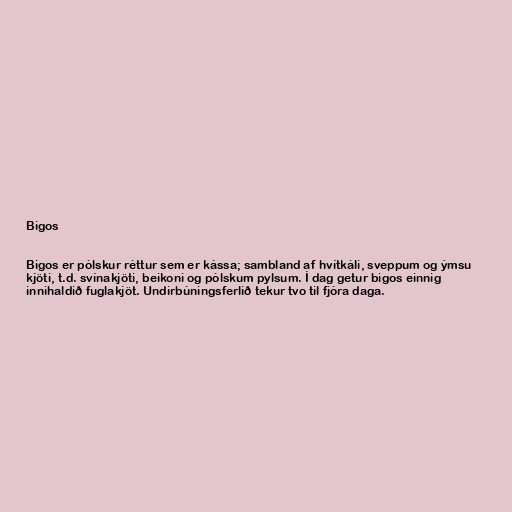
Bigos

Bigos er pólskur réttur sem er kássa; sambland af hvítkáli, sveppum og ýmsu
kjöti, t.d. svínakjöti, beikoni og pólskum pylsum. Í dag getur bigos einnig
innihaldið fuglakjöt. Undirbúningsferlið tekur tvo til fjóra daga.